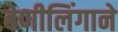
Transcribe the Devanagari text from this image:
बेणीलिंगाने